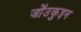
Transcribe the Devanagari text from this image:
जो॑उकुइन